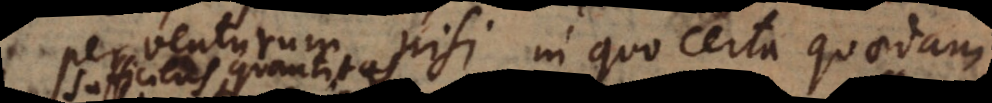
perventurum, nisi in quo certa quaedam